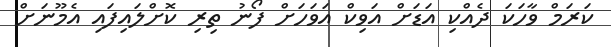
ކަރަމް ވާހަކަ ދެއްކި އަޑަށް އަވިކް އަވަހަށް ފޯނު ތިރި ކޮށްލައިފައި އެމޫނަށް